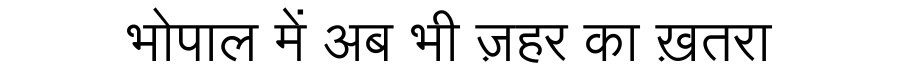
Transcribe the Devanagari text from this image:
भोपाल में अब भी ज़हर का ख़तरा